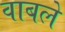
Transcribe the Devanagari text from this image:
वाबले